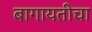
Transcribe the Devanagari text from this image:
बागायतीचा